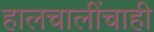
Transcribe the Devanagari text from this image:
हालचालींचाही